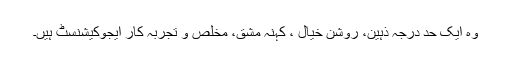
وہ ایک حد درجہ ذہین، روشن خیال ، کہنہ مشق، مخلص و تجربہ کار ایجوکیشنسٹ ہیں۔